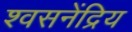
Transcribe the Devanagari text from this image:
श्वसनेंद्रिय